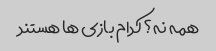
همه نه؟ کدام بازی ها هستند